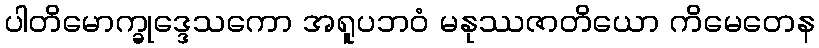
ပါတိမောက္ခုဒ္ဒေသကော အရူပဘဝံ မနုဿဇာတိယော ကိမေတေန